Punjab Mental Hospital Lahore 1932-46 - 1932-1946
Year: 1932
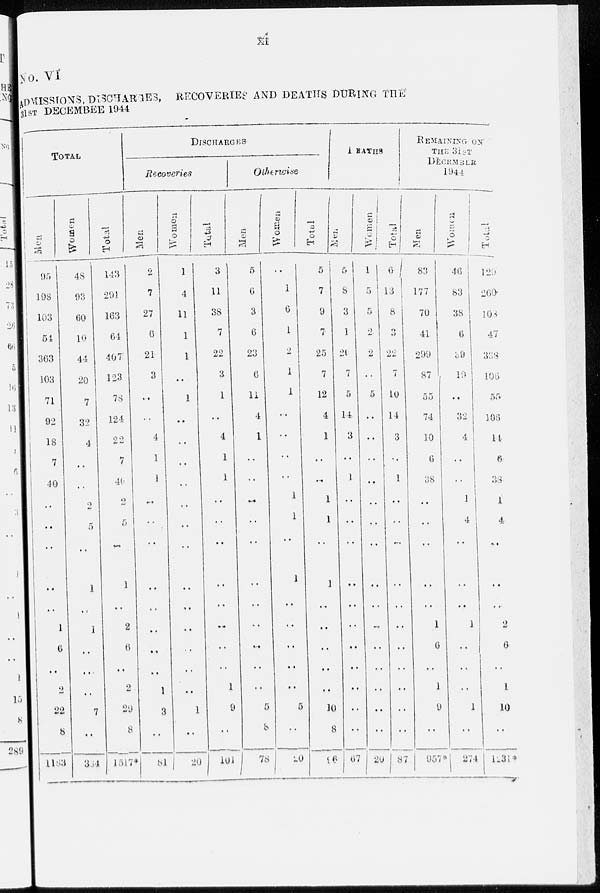
xi
No.VI
ADMISSIONS, DISCHARGES, RECOVERIES AND DEATHS DURING THE
31ST DECEMBER 1944
TOTAL
Men
95
198
103
54
363
103
71
92
18
7
40
..
..
..
..
..
1
6
..
2
22
8
1183
Women
48
93
60
10
44
20
7
32
4
..
..
2
5
..
1
..
1
..
..
..
7
...
304
Total
143
291
163
64
407
123
78
124
22
7
40
2
5
..
1
..
2
6
..
2
29
8
1517*
DISCHARGES
Recoveries
Men
2
7
27
6
21
3
..
..
4
1
1
..
..
..
..
..
..
..
..
1
3
..
81
Women
1
4
11
1
1
..
1
..
..
..
..
..
..
..
..
..
..
..
..
..
1
..
20
Total
3
11
38
7
22
3
1
..
4
1
1
..
..
..
..
..
..
..
..
1
9
..
101
Otherwise
Men
5
6
3
6
23
6
11
4
1
..
..
..
..
..
..
..
..
..
..
..
5
8
78
Women
..
1
6
1
2
1
1
..
..
..
..
1
1
..
1
..
..
..
..
..
5
..
20
Total
5
7
9
7
25
7
12
4
1
..
..
1
1
..
1
..
..
..
..
..
10
8
96
DEATHS
Men
5
8
3
1
29
7
5
14
3
..
1
..
..
..
..
..
..
..
..
..
..
..
67
Women
1
5
5
2
2
..
5
..
..
..
..
..
..
..
..
..
..
..
..
..
..
..
20
Total
6
13
18
3
22
7
10
14
3
..
1
..
..
..
..
..
..
..
..
..
..
..
87
REMAINTNG ON
THE 31ST
DECEMBER
1944
Men
83
177
70
41
299
87
55
74
10
6
38
..
. .
..
..
..
1
6
..
1
9
..
957*
Women
46
83
38
6
39
19
..
32
4
..
..
1
4
..
..
..
1
..
..
..
1
..
274
Total
129
260
108
47
338
106
55
106
14
6
38
1
4
..
..
..
2
6
..
1
10
..
1231*